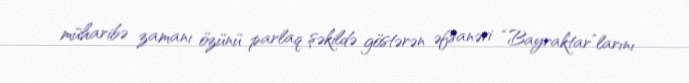
müharibə zamanı özünü parlaq şəkildə göstərən əfsanəvi “Bayraktar”larını